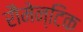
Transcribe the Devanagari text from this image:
रौमेन्टिक